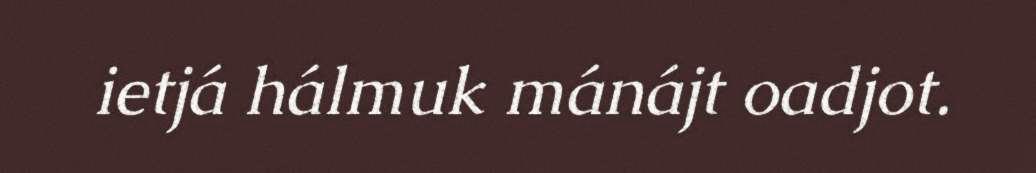
ietjá hálmuk mánájt oadjot.